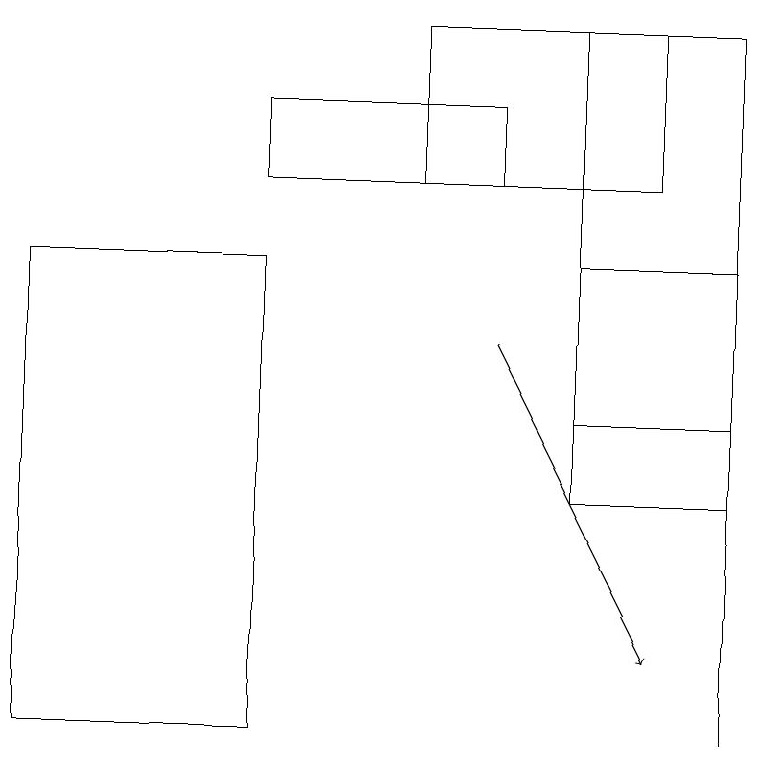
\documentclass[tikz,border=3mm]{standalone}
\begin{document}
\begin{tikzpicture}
\draw[->] (6,15) -- (8,11);
\draw (5,17) rectangle (8,19);
\draw (0,10) rectangle (3,16);
\draw (7,13) rectangle (9,16);
\draw (9,10) rectangle (9,16);
\draw (7,19) rectangle (9,14);
\draw (6,18) rectangle (3,17);
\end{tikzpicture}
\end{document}